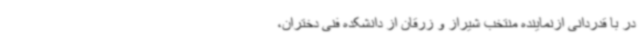
در با قدردانی ازنماینده منتخب شیراز و زرقان از دانشکده فنی دختران،